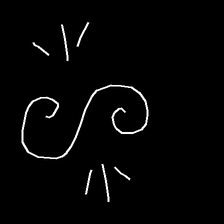
Glyph: wind-directs-air